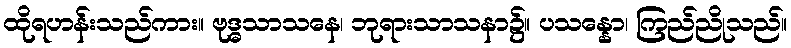
ထိုရဟန်းသည်ကား။ ဗုဒ္ဓသာသနေ၊ ဘုရားသာသနာ၌။ ပသန္နော၊ ကြည်ညိုသည်။